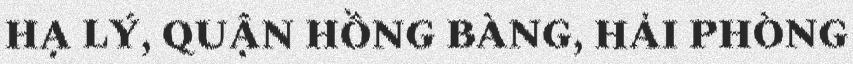
HẠ LÝ, QUẬN HỒNG BÀNG, HẢI PHÒNG